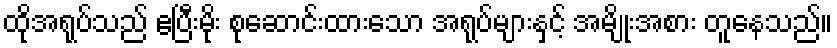
ထိုအရုပ်သည် ဧပြီးမိုး စုဆောင်းထားသော အရုပ်များနှင့် အမျိုးအစား တူနေသည်။